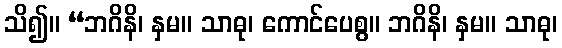
သိ၍။ “ဘဂိနိ၊ နှမ။ သာဓု၊ ကောင်ပေစွ။ ဘဂိနိ၊ နှမ။ သာဓု၊